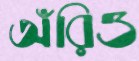
অঁরিও